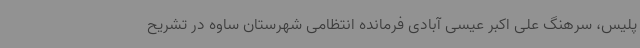
پلیس، سرهنگ علی اکبر عیسی آبادی فرمانده انتظامی شهرستان ساوه در تشریح